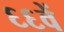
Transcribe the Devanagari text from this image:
६६वें